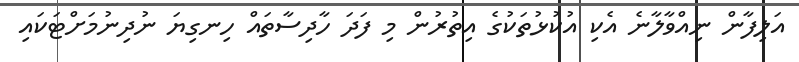
އަލިފާން ނިއްވާލާނެ އެކި އުކުޅުތަކުގެ އިތުރުން މި ފަދަ ހާދިސާތައް ހިނގިޔަ ނުދިނުމަށްޓަކައި